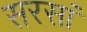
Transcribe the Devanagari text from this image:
सरसां